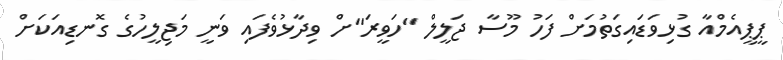
ޕީޕީއެމްއާ ގުޅިވަޑައިގަތުމަށް ފަހު މޫސާ ޖަލީލް "ހަވީރަ"ށް ވިދާޅުވެފައި ވަނީ މަޖިލީހުގެ ގޮނޑިއަކަށް